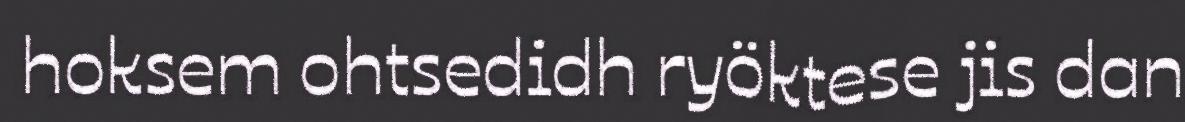
hoksem ohtsedidh ryöktese jis dan